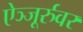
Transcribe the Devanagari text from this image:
ऐञ्जूर्रुवर